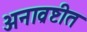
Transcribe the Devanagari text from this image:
अनाव्रष्टीत